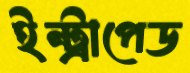
ইন্ট্রাপেড